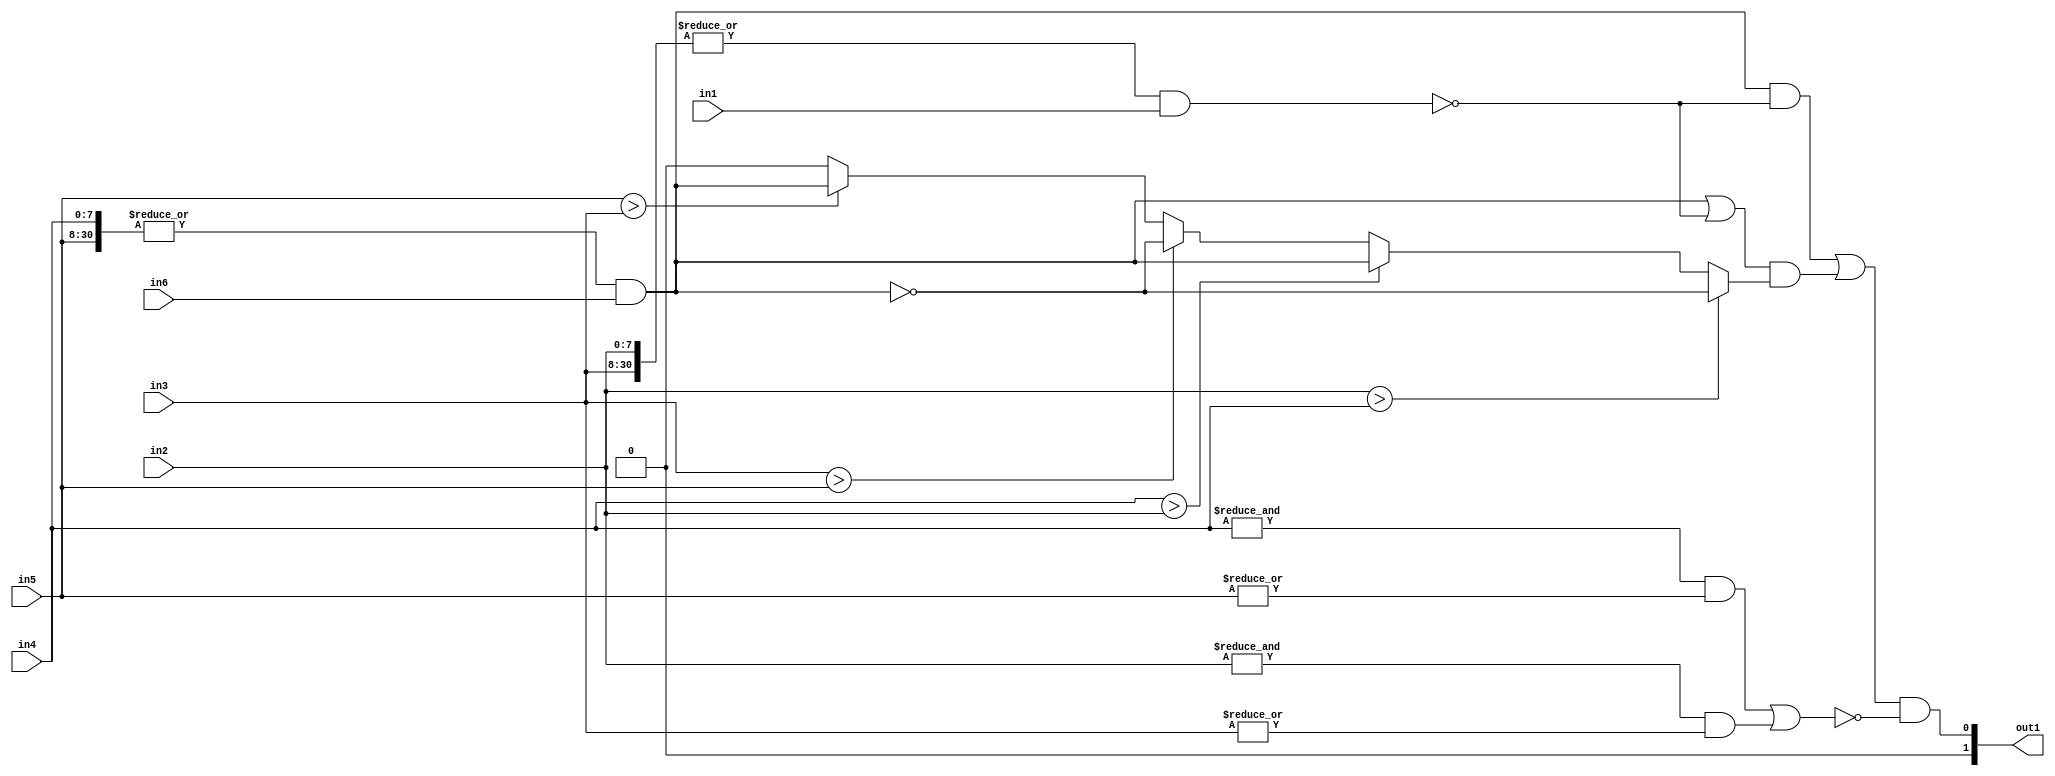
`timescale 1ps / 1ps
/*****************************************************************************
    Verilog RTL Description
    
    
    Created by: CellMath Designer 2019.1.01 
*******************************************************************************/

module fp_cmp_cynw_cm_float_ltle_1 (
	in1,
	in2,
	in3,
	in4,
	in5,
	in6,
	out1
	); /* architecture "behavioural" */ 
input  in1;
input [7:0] in2;
input [22:0] in3;
input [7:0] in4;
input [22:0] in5;
input  in6;
output [1:0] out1;
wire  asc001,
	asc002;
wire [30:0] asc003,
	asc006;
wire  asc009,
	asc010,
	asc011,
	asc012,
	asc013,
	asc014,
	asc015,
	asc016,
	asc017,
	asc018,
	asc019,
	asc021,
	asc022,
	asc023,
	asc024,
	asc025,
	asc026,
	asc028,
	asc029,
	asc030,
	asc032,
	asc033;

assign asc003 = {in4,in5};

assign asc002 = 
	(|asc003);

assign asc001 = 
	(asc002)
	&(in6);

assign asc006 = {in2,in3};

assign asc010 = 
	(|asc006);

assign asc009 = 
	(asc010)
	&(in1);

assign asc013 = 
	(|in5);

assign asc012 = 
	(&in4)
	&(asc013);

assign asc015 = 
	(|in3);

assign asc014 = 
	(&in2)
	&(asc015);

assign asc011 = 
	(asc012)
	|(asc014);

assign asc016 = (in2>in4);

assign asc017 = (in4>in2);

assign asc018 = (in3>in5);

assign asc019 = (in5>in3);

assign asc023 = 
	(asc001)
	&((~asc009));

assign asc025 = 
	(asc001)
	|((~asc009));

assign asc028 = 
	((~asc001));

assign asc032 = 
	((~asc001));

reg [0:0] asc033_tmp_0;
assign asc033 = asc033_tmp_0;
always @ (asc019 or asc001) begin
	case (asc019)
		1'B1 : asc033_tmp_0 = asc001 ;
		default : asc033_tmp_0 = 1'B0 ;
	endcase
end

reg [0:0] asc030_tmp_1;
assign asc030 = asc030_tmp_1;
always @ (asc018 or asc032 or asc033) begin
	case (asc018)
		1'B1 : asc030_tmp_1 = asc032 ;
		default : asc030_tmp_1 = asc033 ;
	endcase
end

reg [0:0] asc029_tmp_2;
assign asc029 = asc029_tmp_2;
always @ (asc017 or asc001 or asc030) begin
	case (asc017)
		1'B1 : asc029_tmp_2 = asc001 ;
		default : asc029_tmp_2 = asc030 ;
	endcase
end

reg [0:0] asc026_tmp_3;
assign asc026 = asc026_tmp_3;
always @ (asc016 or asc028 or asc029) begin
	case (asc016)
		1'B1 : asc026_tmp_3 = asc028 ;
		default : asc026_tmp_3 = asc029 ;
	endcase
end

assign asc024 = 
	(asc025)
	&(asc026);

assign asc022 = 
	(asc023)
	|(asc024);

assign asc021 = 
	(asc022)
	&((~asc011));

assign out1 = {1'B0, asc021};
endmodule

/* CADENCE  ubD2Sgjc : u9/ySgnWtBlWxVPRXgAZ4Og= ** DO NOT EDIT THIS LINE ******/